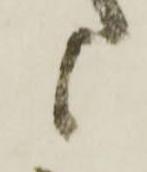
候